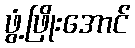
ဖွံ့ဖြိုးအောင်